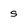
Character: s